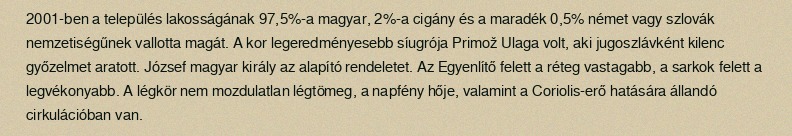
2001-ben a település lakosságának 97,5%-a magyar, 2%-a cigány és a maradék 0,5% német vagy szlovák nemzetiségűnek vallotta magát. A kor legeredményesebb síugrója Primož Ulaga volt, aki jugoszlávként kilenc győzelmet aratott. József magyar király az alapító rendeletet. Az Egyenlítő felett a réteg vastagabb, a sarkok felett a legvékonyabb. A légkör nem mozdulatlan légtömeg, a napfény hője, valamint a Coriolis-erő hatására állandó cirkulációban van.